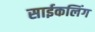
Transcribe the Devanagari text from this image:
साईकलिंग